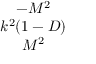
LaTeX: \begin{array} { c } { { - M ^ { 2 } } } \\ { { k ^ { 2 } ( 1 - D ) } } \\ { { M ^ { 2 } } } \end{array}